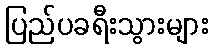
ပြည်ပခရီးသွားများ